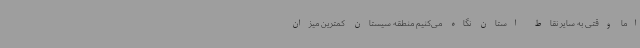
اما وقتی به سایر نقاط استان نگاه می‌کنیم منطقه سیستان کمترین میزان